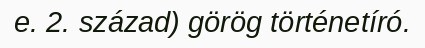
e. 2. század) görög történetíró.